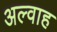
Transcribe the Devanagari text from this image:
अल्वाह